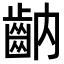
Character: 𪗝